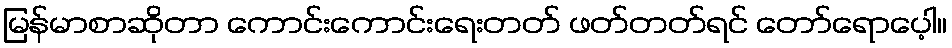
မြန်မာစာဆိုတာ ကောင်းကောင်းရေးတတ် ဖတ်တတ်ရင် တော်ရောပေ့ါ။